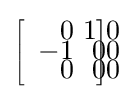
\scriptscriptstyle \left[{\begin{array}{rrr}\,0\!\!&\!\!1&\!\!\!\!0\!\!\!\!\!\!\\[-.5em]\,\!-1\!\!&\!\!0\!\!&\!\!\!\!0\!\!\!\!\!\!\\[-.5em]\,0\!\!&\!\!0\!\!&\!\!\!\!0\!\!\!\!\!\!\end{array}}\!\!\!\right]